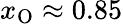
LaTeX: x_{\mathrm{O}}\approx 0.85